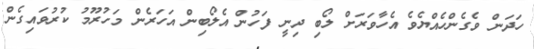
ހަދަން ވެގެންހެއްޔެވެ އެހާވަރަށް ލޯބި ދިނީ ފަހުން އެލޯބިން އަހަރެން މަހުރޫމު ކުރުވައިގެން